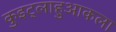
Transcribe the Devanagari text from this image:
कुइट्लाहुआकला